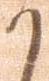
か